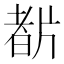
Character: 𤗡